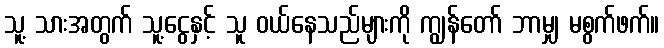
သူ့ သားအတွက် သူ့ငွေနှင့် သူ ဝယ်နေသည်များကို ကျွန်တော် ဘာမျှ မစွက်ဖက်။